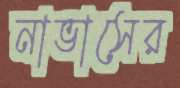
নাভাসের